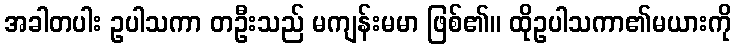
အခါတပါး ဥပါသကာ တဦးသည် မကျန်းမမာ ဖြစ်၏။ ထိုဥပါသကာ၏မယားကို